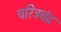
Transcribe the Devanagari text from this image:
चरित्रचंद्र